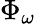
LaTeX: \Phi_{\omega}